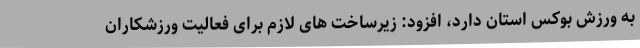
به ورزش بوکس استان دارد، افزود: زیرساخت های لازم برای فعالیت ورزشکاران